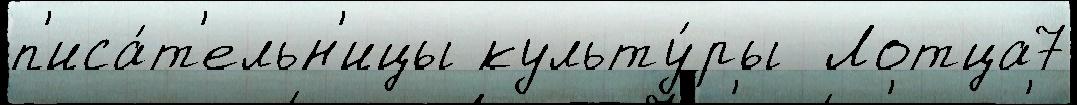
п'иса́т'ельн'ицы культу́ры  Лотца7